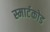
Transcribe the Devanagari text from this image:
स्मार्टकोड